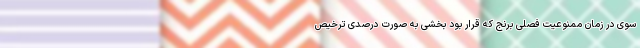
سوی در زمان ممنوعیت فصلی برنج که قرار بود بخشی به صورت درصدی ترخیص